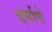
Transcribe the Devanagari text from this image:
दर्याचे